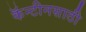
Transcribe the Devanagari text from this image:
कॅन्टीनसाठी